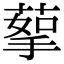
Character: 蒘